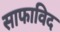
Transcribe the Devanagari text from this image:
साफाविद